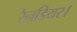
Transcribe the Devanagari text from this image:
रेनडियर।